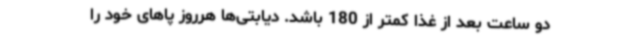
دو ساعت بعد از غذا کمتر از 180 باشد. دیابتی‌ها هرروز پاهای خود را